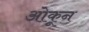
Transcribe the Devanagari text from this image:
ओकून